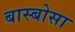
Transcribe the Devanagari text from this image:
बास्बोसा